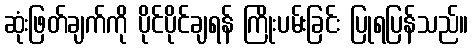
ဆုံးဖြတ်ချက်ကို ပိုင်ပိုင်ချရန် ကြိုးပမ်းခြင်း ပြုရပြန်သည်။